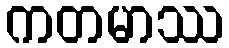
ကတမာဿ